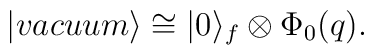
|vacuum\rangle  \cong |0\rangle_f \otimes \Phi_0(q).